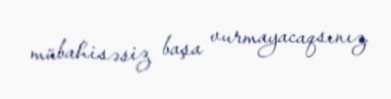
mübahisəsiz başa vurmayacaqsınız.